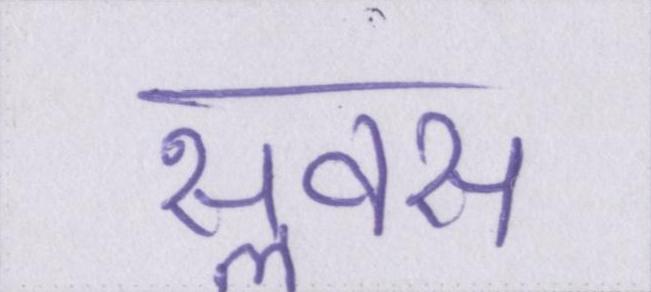
सॢवस